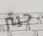
جيتر